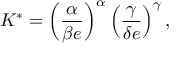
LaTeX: K ^ { * } = \left( { \frac { \alpha } { \beta e } } \right) ^ { \alpha } \left( { \frac { \gamma } { \delta e } } \right) ^ { \gamma } ,